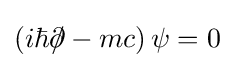
\left(i\hbar \partial \!\!\!/-mc\right)\psi =0